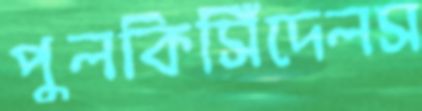
পুলকিসিঁদেলস